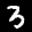
Label: 3